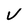
Character: V